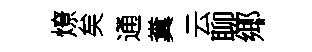
燎矣通糞云聊鄊